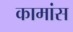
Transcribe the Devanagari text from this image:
कामांस